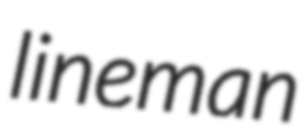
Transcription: lineman